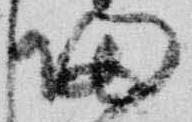
帰